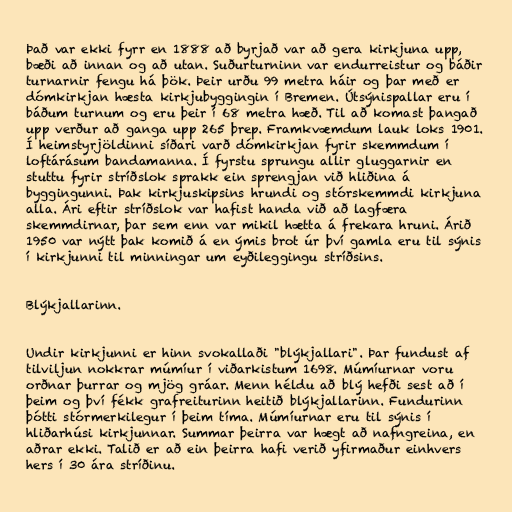
Það var ekki fyrr en 1888 að byrjað var að gera kirkjuna upp,
bæði að innan og að utan. Suðurturninn var endurreistur og báðir
turnarnir fengu há þök. Þeir urðu 99 metra háir og þar með er
dómkirkjan hæsta kirkjubyggingin í Bremen. Útsýnispallar eru í
báðum turnum og eru þeir í 68 metra hæð. Til að komast þangað
upp verður að ganga upp 265 þrep. Framkvæmdum lauk loks 1901.
Í heimstyrjöldinni síðari varð dómkirkjan fyrir skemmdum í
loftárásum bandamanna. Í fyrstu sprungu allir gluggarnir en
stuttu fyrir stríðslok sprakk ein sprengjan við hliðina á
byggingunni. Þak kirkjuskipsins hrundi og stórskemmdi kirkjuna
alla. Ári eftir stríðslok var hafist handa við að lagfæra
skemmdirnar, þar sem enn var mikil hætta á frekara hruni. Árið
1950 var nýtt þak komið á en ýmis brot úr því gamla eru til sýnis
í kirkjunni til minningar um eyðileggingu stríðsins.

Blýkjallarinn.

Undir kirkjunni er hinn svokallaði "blýkjallari". Þar fundust af
tilviljun nokkrar múmíur í viðarkistum 1698. Múmíurnar voru
orðnar þurrar og mjög gráar. Menn héldu að blý hefði sest að í
þeim og því fékk grafreiturinn heitið blýkjallarinn. Fundurinn
þótti stórmerkilegur í þeim tíma. Múmíurnar eru til sýnis í
hliðarhúsi kirkjunnar. Summar þeirra var hægt að nafngreina, en
aðrar ekki. Talið er að ein þeirra hafi verið yfirmaður einhvers
hers í 30 ára stríðinu.